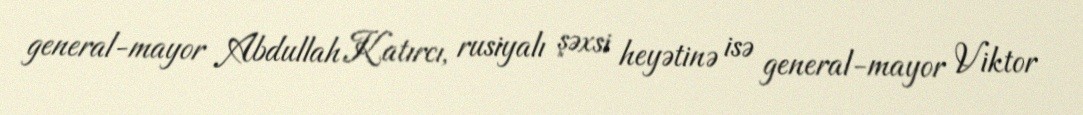
general-mayor Abdullah Katırcı, rusiyalı şəxsi heyətinə isə general-mayor Viktor